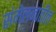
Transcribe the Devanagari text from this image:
संमेलनांतील